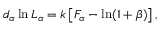
d _ { \alpha } \ln L _ { \alpha } = k \left[ F _ { \alpha } - \ln ( 1 + \beta ) \right] ,